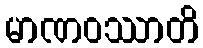
မာဏဝဿာတိ